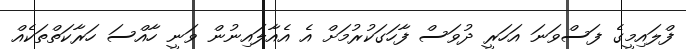
ފްލައިމީގެ ފަސްވަނަ އަހަރީ ދުވަސް ފާހަގަކުރުމަށް އެ އެއާލައިނުން ވަނީ ހާއްސަ ހަރާކަތްތަކެއް